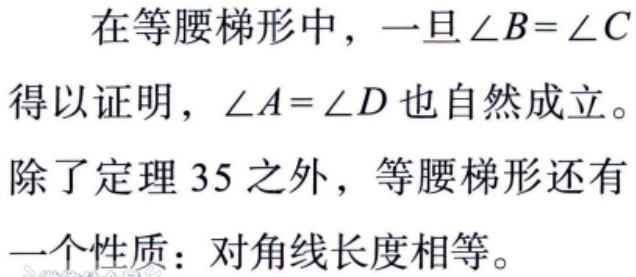
在等腰梯形中，一旦$\angle B = \angle C$得以证明，$\angle A = \angle D$也自然成立。

除了定理 35 之外，等腰梯形还有一个性质：对角线长度相等。